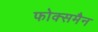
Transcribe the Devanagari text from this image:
फोक्समैन